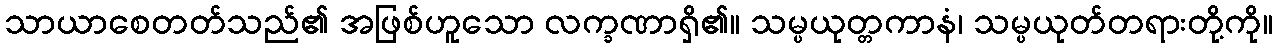
သာယာစေတတ်သည်၏ အဖြစ်ဟူသော လက္ခဏာရှိ၏။ သမ္ပယုတ္တကာနံ၊ သမ္ပယုတ်တရားတို့ကို။